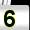
Digit: 5